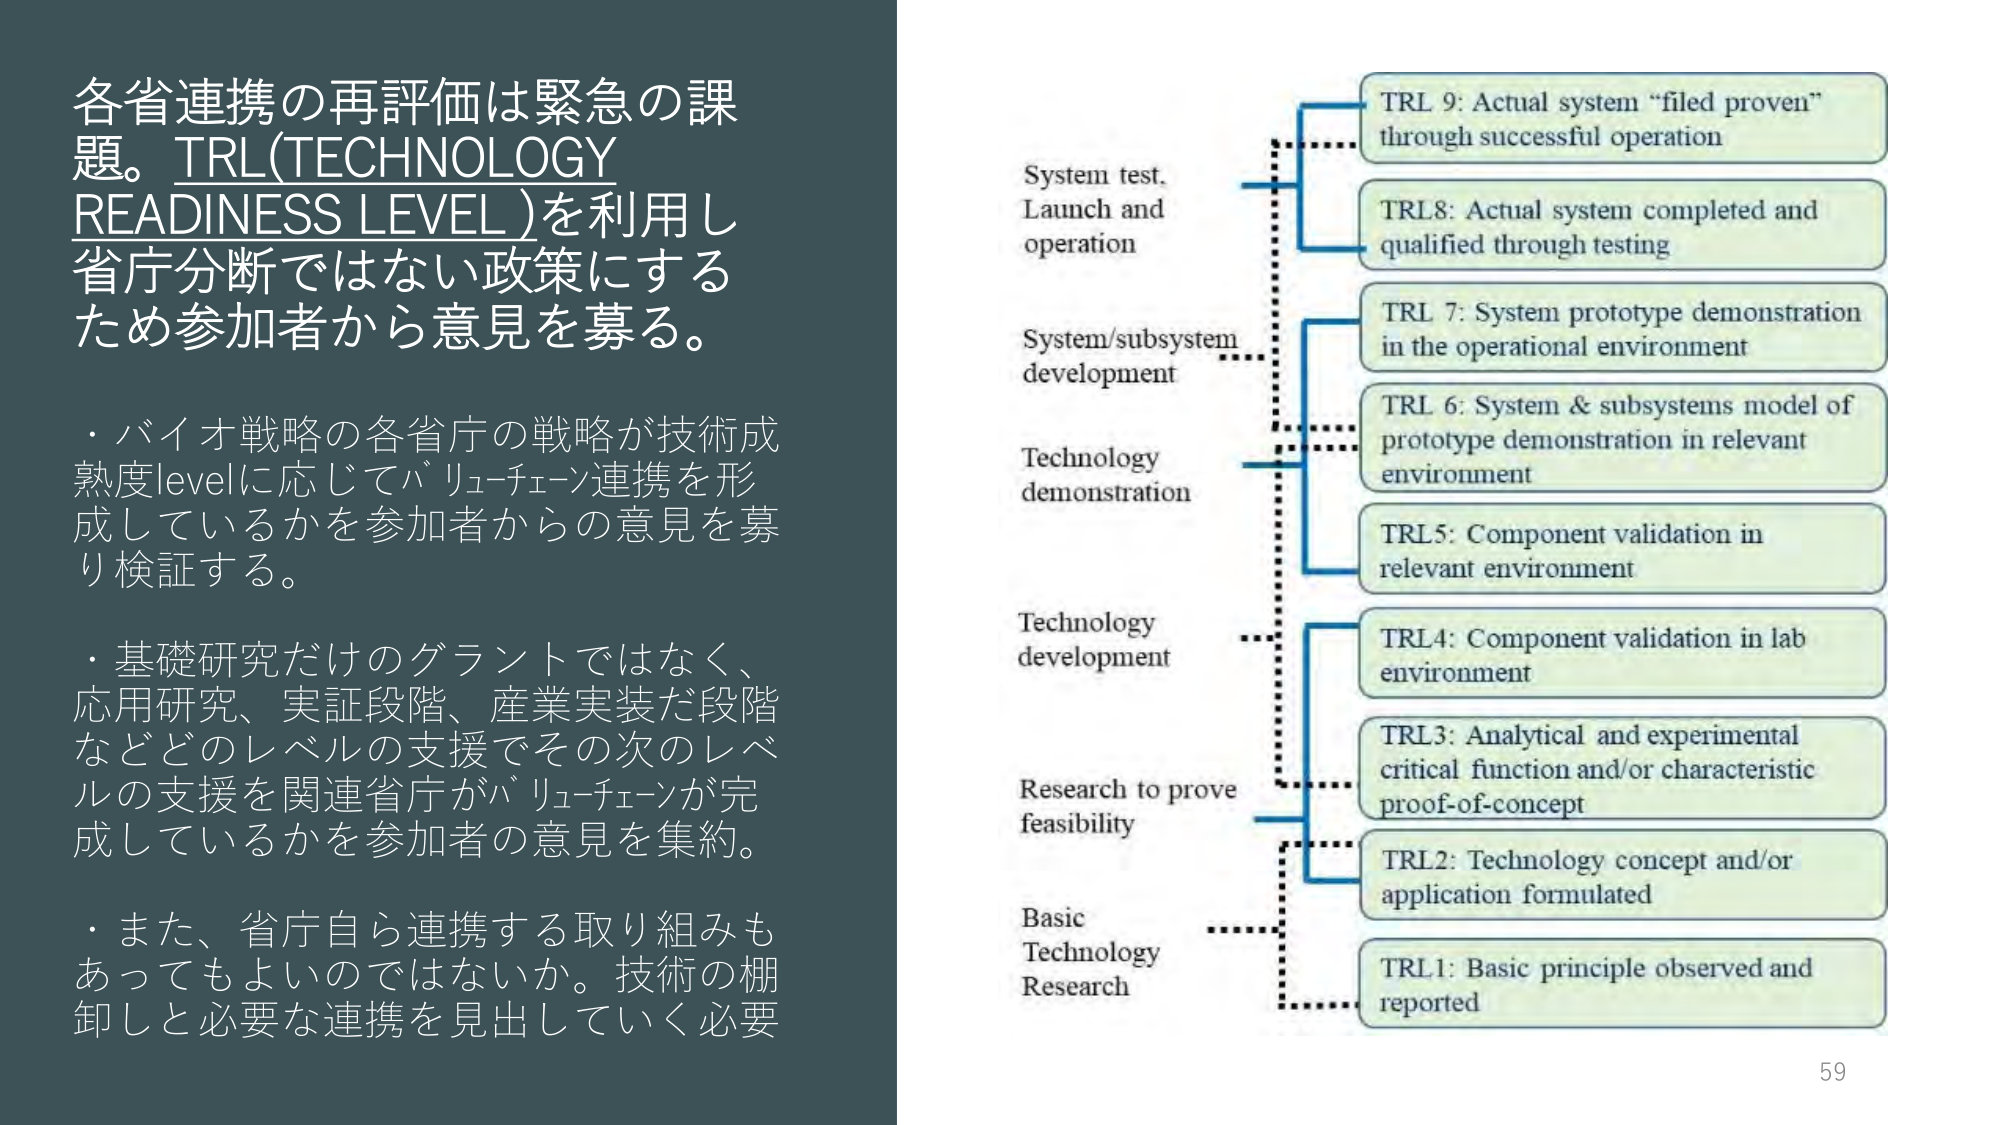
各省連携の再評価は緊急の課
題。TRL(TECHNOLOGY
READINESS LEVEL)を利用し
省庁分断ではない政策にする
ため参加者から意見を募る。

・バイオ戦略の各省庁の戦略が技術成
熟度levelに応じてバリューチェーン連携を形
成しているかを参加者からの意見を募
り検証する。

・基礎研究だけのグラントではなく、
応用研究、実証段階、産業実装だ段階
などどのレベルの支援でその次のレベ
ルの支援を関連省庁がバリューチェーンが完
成しているかを参加者の意見を集約。

・また、省庁自ら連携する取り組みも
あってもよいのではないか。技術の棚
卸しと必要な連携を見出していく必要

System test.
Launch and
operation

System/subsystem
development

Technology
demonstration

Technology
development

Research to prove
feasibility

Basic
Technology
Research

TRL 9: Actual system “filed proven”
through successful operation

TRL8: Actual system completed and
qualified through testing

TRL 7: System prototype demonstration
in the operational environment

TRL 6: System & subsystems model of
prototype demonstration in relevant
environment

TRL5: Component validation in
relevant environment

TRL4: Component validation in lab
environment

TRL3: Analytical and experimental
critical function and/or characteristic
proof-of-concept

TRL2: Technology concept and/or
application formulated

TRL1: Basic principle observed and
reported

59